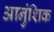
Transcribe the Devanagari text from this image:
आनुंशिक